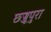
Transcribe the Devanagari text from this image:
छज्जूपुरा